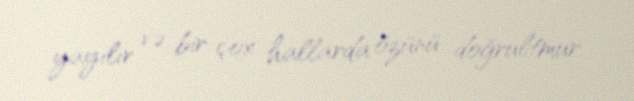
yayılır və bir çox hallarda özünü doğrultmur.